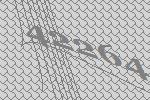
42264